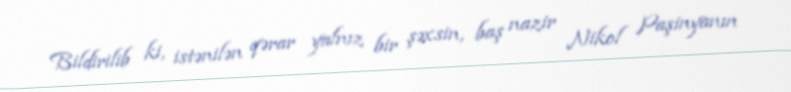
Bildirilib ki, istənilən qərar yalnız bir şəxsin, baş nazir Nikol Paşinyanın